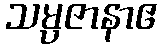
သမ္ပဇာနာဧ